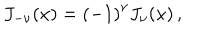
J _ { - \nu } ( x ) = \left( - 1 \right) ^ { \nu } J _ { \nu } ( x ) \, ,